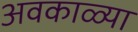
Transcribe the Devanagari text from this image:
अवकाळ्या